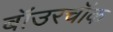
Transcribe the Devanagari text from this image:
बॉउरचॉक